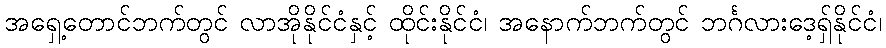
အရှေ့တောင်ဘက်တွင် လာအိုနိုင်ငံနှင့် ထိုင်းနိုင်ငံ၊ အနောက်ဘက်တွင် ဘင်္ဂလားဒေ့ရှ်နိုင်ငံ၊